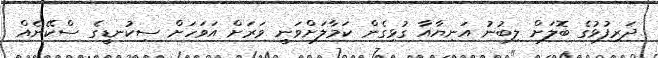
ދަރިފުޅުގެ ބޮލަށް ލިބުނު އަނިޔާއާ ގުޅިގެން ކަމާލަށްވަނީ ވަރަށް އަވަހަށް ސިކުނޑީގެ ސްކޭނެއް